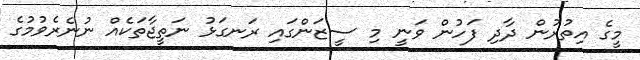
މީގެ އިތުރުން ދާދި ފަހުން ވަނީ މި ސީޒަންގައި ރަނގަޅު ނަތީޖާތަކެއް ނުނެރެވުމުގެ